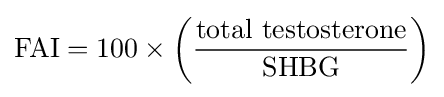
{\text{FAI}}=100\times \left({\frac {\text{total testosterone}}{\text{SHBG}}}\right)